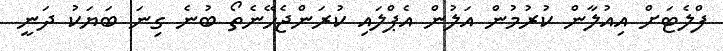
ފްލެޓަށް އިއުލާން ކުރުމުން އަލުން އެޕްލައި ކުރަންޖެހޭނެތޯ ބުނެ ގިނަ ބަޔަކު ދަނީ